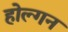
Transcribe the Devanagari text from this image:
होल्गन